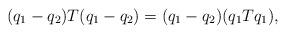
LaTeX: \begin{align*}(q_1-q_2)T(q_1-q_2)=(q_1-q_2)(q_1Tq_1),\end{align*}